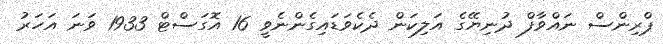
ޕްރިންސް ނައްވާފް ދުނިޔޭގެ އަލިކަން ދެކެވަޑައިގެންނެވީ 16 އޮގަސްޓް 1933 ވަނަ އަހަރު